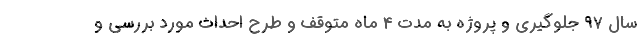
سال 97 جلوگیری و پروژه به مدت 4 ماه متوقف و طرح احداث مورد بررسی و